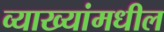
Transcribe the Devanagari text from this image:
व्याख्यांमधील